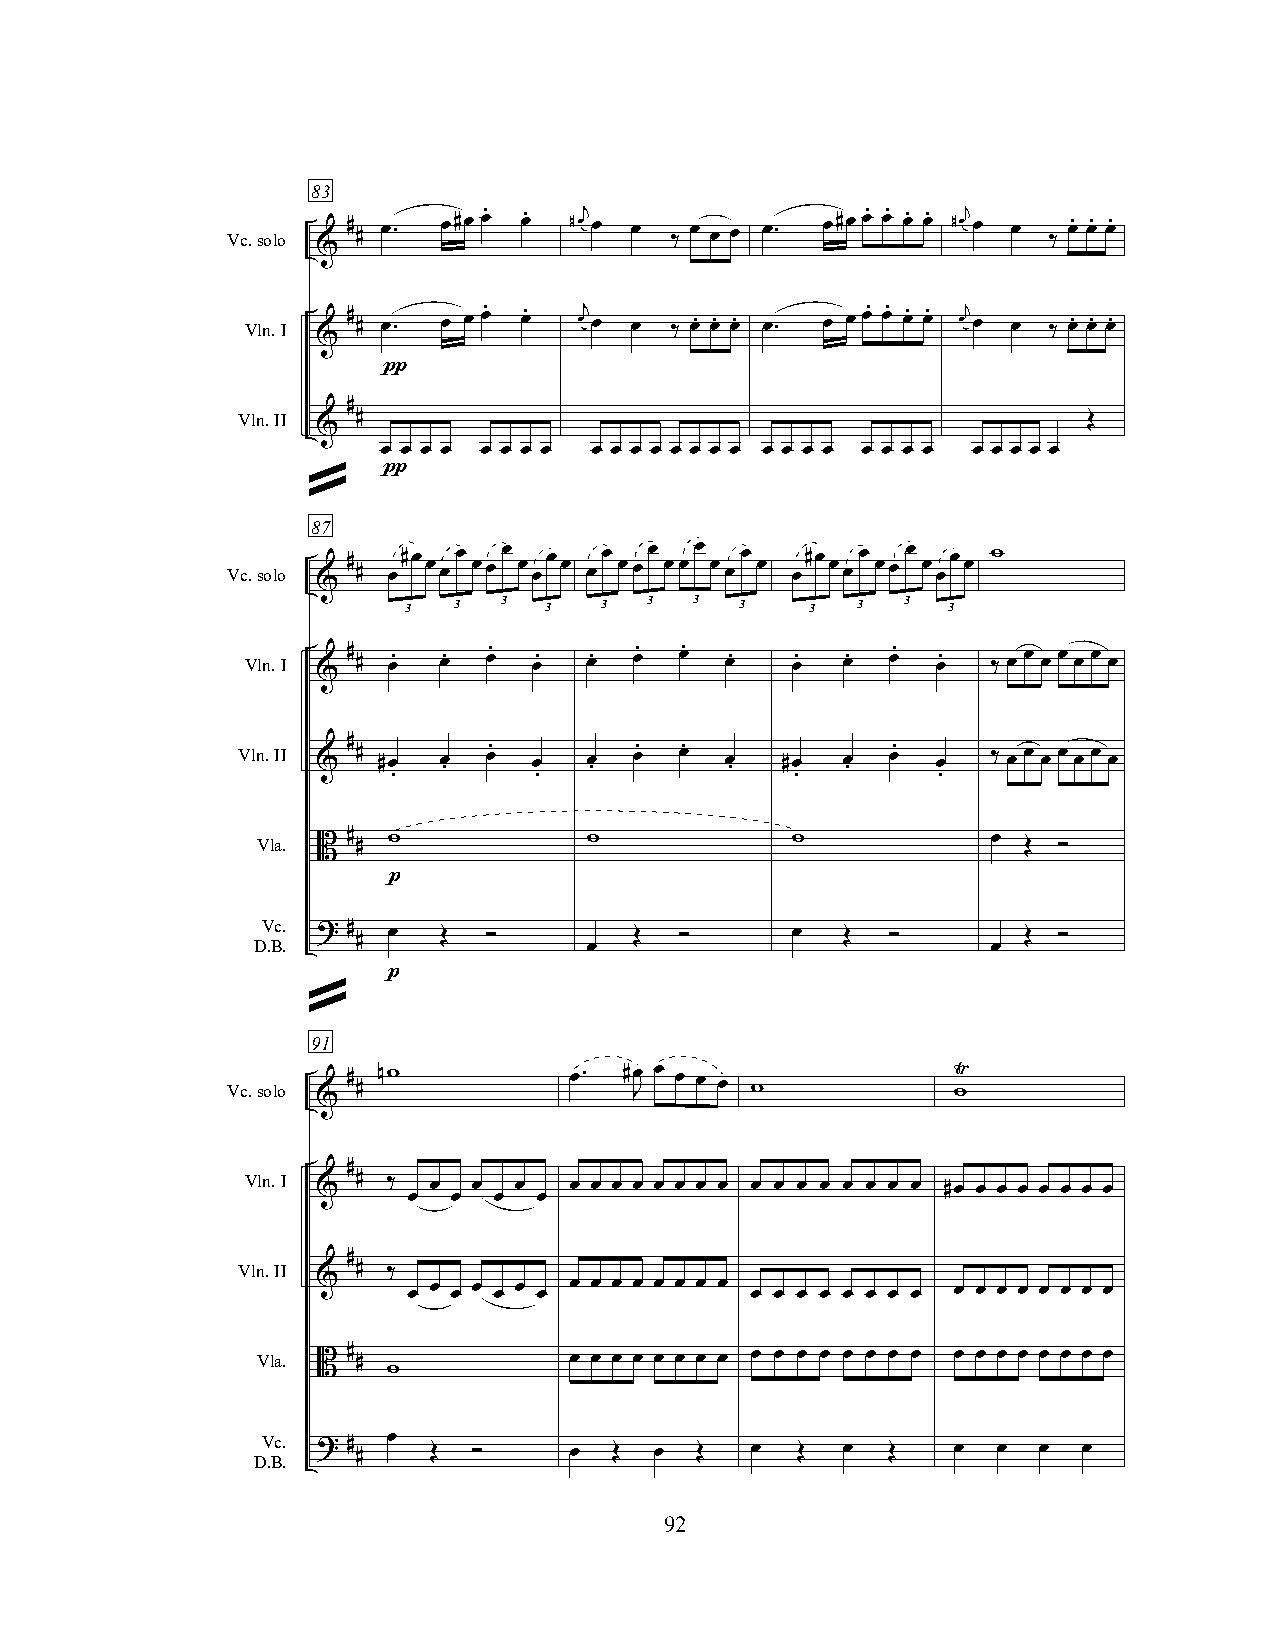
83
 Vc.solo # # œ. œ#œ
 œ. œ. #œj
 œ  œ ‰ œ œ œ œ. œ#œ
 œ. œ. œ. œ. #œj
 œ  œ ‰ œ. œ. œ.
 &
 Vln.I  # # œ. œ œ œ. œ. œj œ œ ‰ œ. œ. œ. œ. œ œ œ. œ. œ. œ. œj œ œ ‰ œ. œ. œ.
 &
 π
 #
 Vln.II  #                                               Œ
 &
 œ œ œ œ œ œ œ œ œ œ œ œ œ œ œ œ œ œ œ œ œ œ œ œ œ œ œ œ œ
 π
 »
 87
 Vc.solo # # œ#œ œ œ œ œœ œ œ œœ œ œœ œœœ œœœ œ œœ œ œ#œ œ œ œ œœ œ œ œœ œ w
 &
 3  3  3  3   3  3  3  3    3  3  3  3
 Vln.I  # # œ. œ. œ. œ. œ. œ. œ. œ.  œ.  œ. œ. œ.  ‰ œ œ œ œ œ œ œ
 &
 Vln.II & # # #œ œ . œ. œ œ . œ. œ. œ . #œ œ . œ. œ ‰ œ œ œ œ œ œ œ
 .        .                 .        .
 Vla.  #  w            w            w             œ
 B  #                                           Œ ”
 p
 Vc.
 D.B. ? # # œ Œ ”         Œ  ”      œ   Œ  ”        Œ ”
 œ                          œ
 p
 »
 91
 Vc.solo # # nw         œ. # Jœ œ œ œ œ w        Ÿ w
 &
 #
 Vln.I & # ‰ œ  œ  œ   œ œ œ œ œ œ œ œ œ œ œ œ œ œ œ œ #œ œ œ œ œ œ œ œ
 œ  œ  œ  œ
 #
 Vln.II  # ‰
 &     œ œ œ œ œ œ œ œ œ œ œ œ œ œ œ œ œ œ œ œ œ œ œ œ œ œ œ œ œ œ œ
 Vla. B # #           œ œ œ œ œ œ œ œ œ œ œ œ œ œ œ œ œ œ œ œ œ œ œ œ
 w
 Vc.      œ
 D.B. ? # # Œ  ”      œ  Œ œ  Œ   œ  Œ  œ  Œ   œ  œ  œ  œ
 92